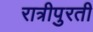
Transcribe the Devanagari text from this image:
रात्रीपुरती